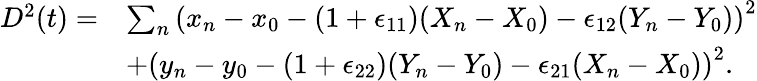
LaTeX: \begin{array}{rl}{D^{2}(t)=}&{\sum_{n}\left(x_{n}-x_{0}-(1+\epsilon_{11})(X_{n}-X_{0})-\epsilon_{12}(Y_{n}-Y_{0})\right)^{2}}\\ &{+\left(y_{n}-y_{0}-(1+\epsilon_{22})(Y_{n}-Y_{0})-\epsilon_{21}(X_{n}-X_{0})\right)^{2}.}\end{array}